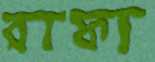
রাফা